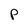
Character: p